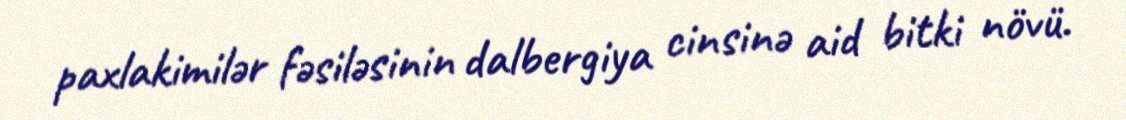
paxlakimilər fəsiləsinin dalbergiya cinsinə aid bitki növü.